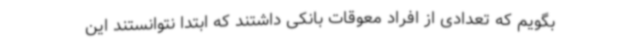
بگویم که تعدادی از افراد معوقات بانکی داشتند که ابتدا نتوانستند این